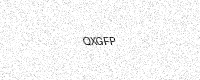
Text: QXGFP